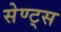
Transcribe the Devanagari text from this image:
सेण्ट्स